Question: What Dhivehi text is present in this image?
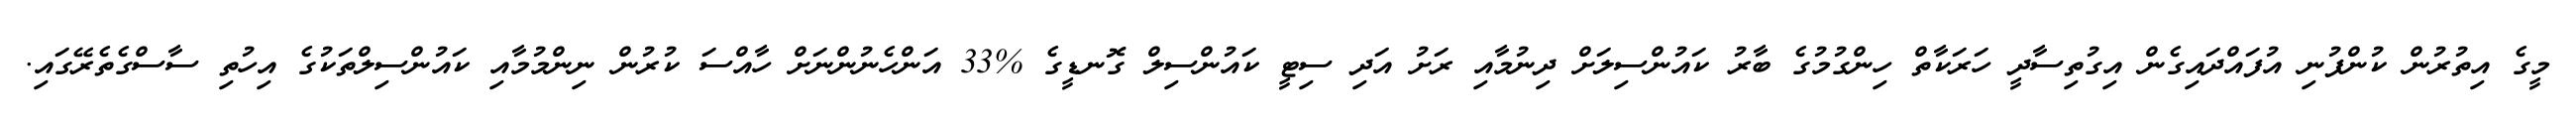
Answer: މީގެ އިތުރުން ކުންފުނި އުފައްދައިގެން އިގުތިސާދީ ހަރަކާތް ހިންގުމުގެ ބާރު ކައުންސިލަށް ދިނުމާއި ރަށު އަދި ސިޓީ ކައުންސިލް ގޮނޑީގެ %33 އަންހެނުންނަށް ހާއްސަ ކުރުން ނިންމުމާއި ކައުންސިލްތަކުގެ އިހުތި ސާސްގެތެރޭގައި.